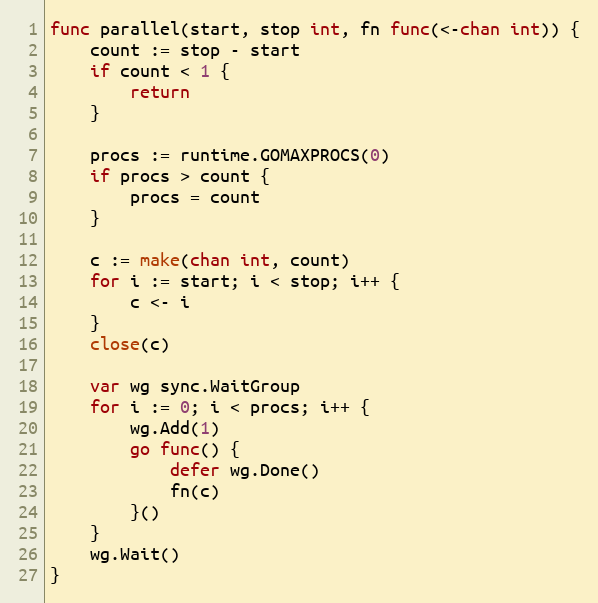
Language: Go
func parallel(start, stop int, fn func(<-chan int)) {
	count := stop - start
	if count < 1 {
		return
	}

	procs := runtime.GOMAXPROCS(0)
	if procs > count {
		procs = count
	}

	c := make(chan int, count)
	for i := start; i < stop; i++ {
		c <- i
	}
	close(c)

	var wg sync.WaitGroup
	for i := 0; i < procs; i++ {
		wg.Add(1)
		go func() {
			defer wg.Done()
			fn(c)
		}()
	}
	wg.Wait()
}